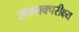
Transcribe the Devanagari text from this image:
सम्यक्परीक्ष्य